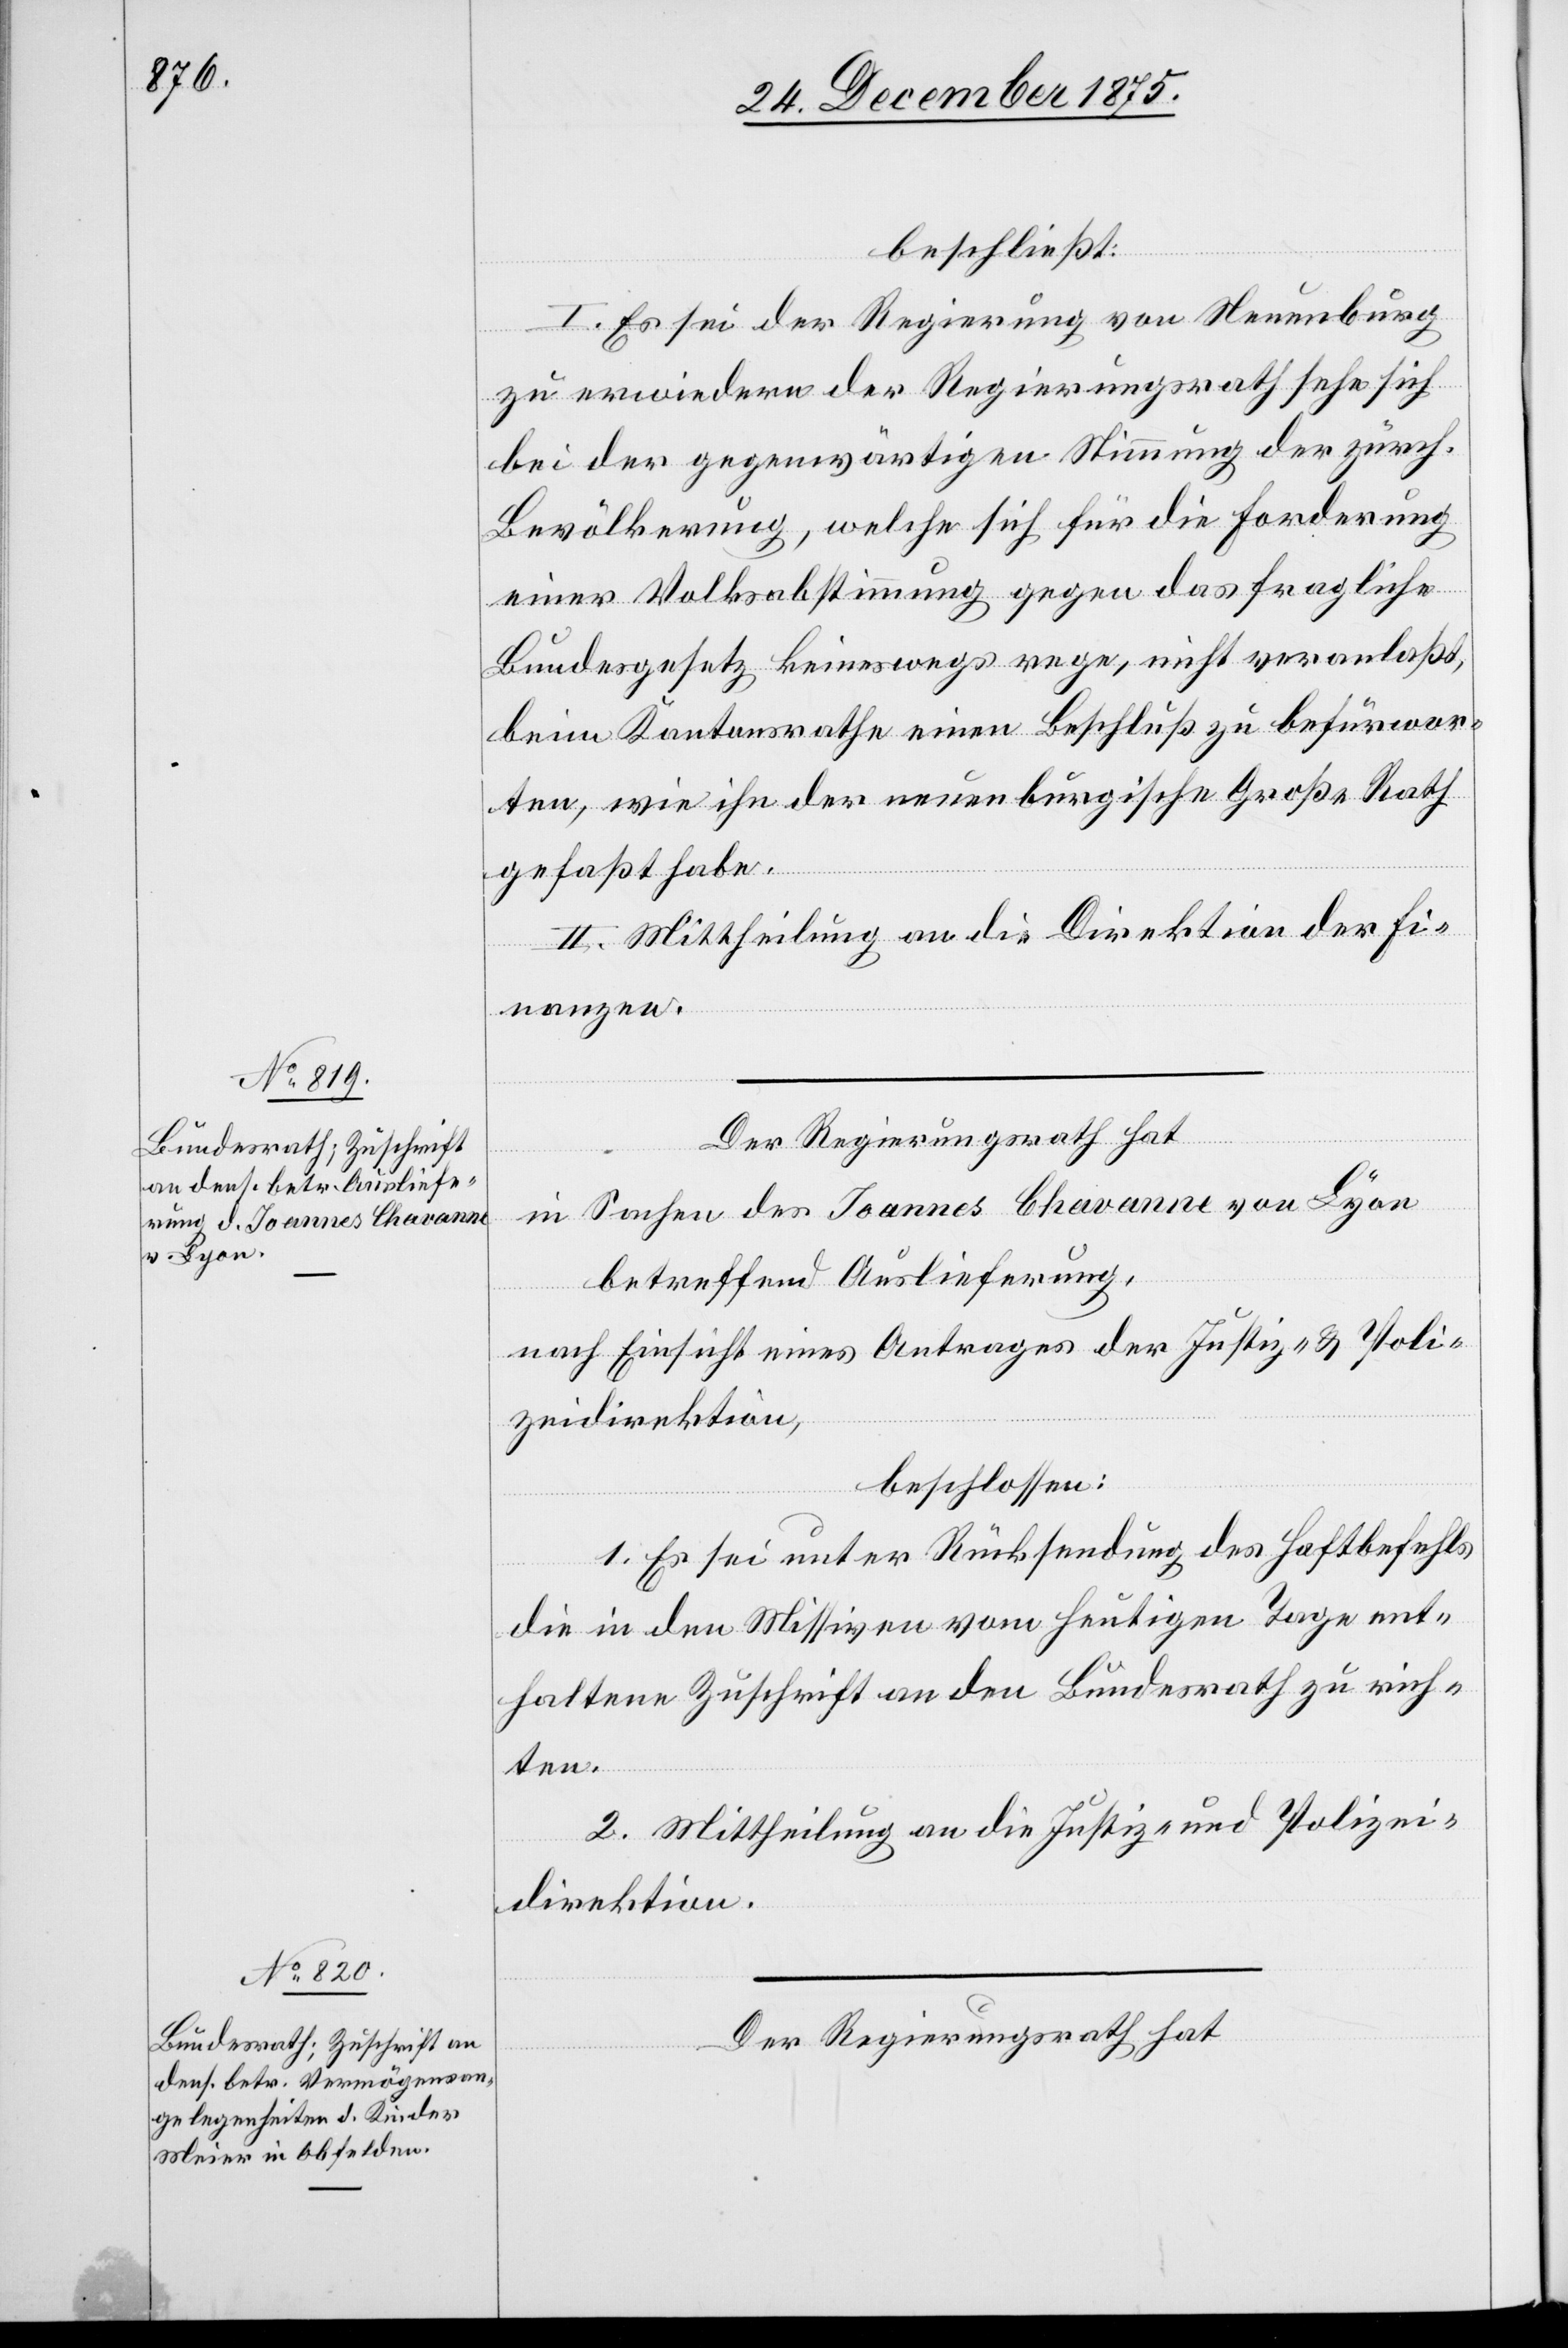
beschließt:
I. Es sei der Regierung von Neuenburg
zu erwiedern der Regierungsrath sehe sich
bei der gegenwärtigen Stimmung der zürch.
Bevölkerung, welche sich für die Forderung
einer Volksabstimmung gegen das fragliche
Bundesgesetz keineswegs rege, nicht veranlaßt,
beim Kantonsrathe einen Beschluß zu befürwor¬
ten, wie ihn der neuenburgische Große Rath
gefaßt habe.
II. Mittheilung an die Direktion der Fi¬
nanzen.
Der Regierungsrath hat
in Sachen des Joannes Chavanne von Lyon
betreffend Auslieferung,
nach Einsicht eines Antrages der Justiz- und Poli¬
zeidirektion,
beschlossen:
1. Es sei unter Rücksendung des Haftbefehls
die in den Missiven vom heutigen Tage ent¬
haltene Zuschrift an den Bundesrath zu rich¬
ten.
2. Mittheilung an die Justiz- und Polizei¬
direktion.
Der Regierungsrath hat